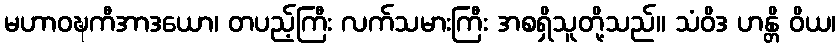
မဟာဝဍ္ဎကီအာဒယော၊ တပည့်ကြီး လက်သမားကြီး အစရှိသူတို့သည်။ သံဝိဒ ဟန္တိ ဝိယ၊